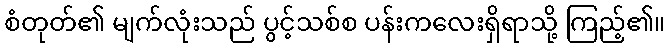
စံတုတ်၏ မျက်လုံးသည် ပွင့်သစ်စ ပန်းကလေးရှိရာသို့ ကြည့်၏။